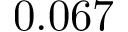
0 . 0 6 7